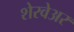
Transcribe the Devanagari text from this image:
शेरवेअर